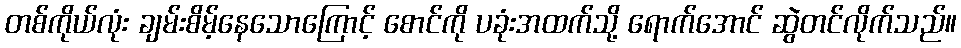
တစ်ကိုယ်လုံး ချမ်းစိမ့်နေသောကြောင့် စောင်ကို ပခုံးအထက်သို့ ရောက်အောင် ဆွဲတင်လိုက်သည်။